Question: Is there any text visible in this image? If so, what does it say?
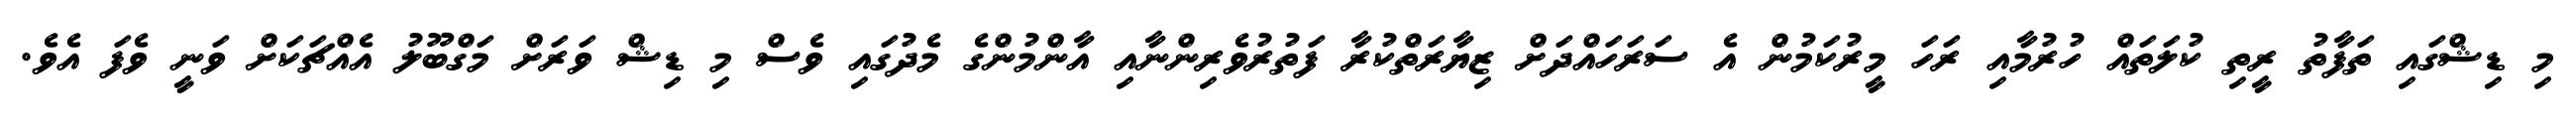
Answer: މި ޑިޝްގައި ތަފާތު ރީތި ކުލަތައް ހުރުމާއި ރަހަ މީރުކަމުން އެ ސަރަހައްދަށް ޒިޔާރަތްކުރާ ފަތުރުވެރިންނާއި އާންމުންގެ މެދުގައި ވެސް މި ޑިޝް ވަރަށް މަގްބޫލު އެއްޗަކަށް ވަނީ ވެފަ އެވެ.